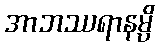
အာဘဿရာနမ္ပိ